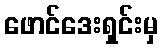
ဖောင်ဒေးရှင်းမှ